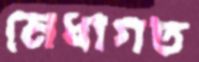
মেধাগত